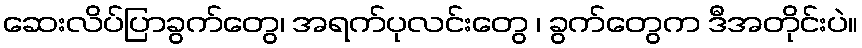
ဆေးလိပ်ပြာခွက်တွေ၊ အရက်ပုလင်းတွေ ၊ ခွက်တွေက ဒီအတိုင်းပဲ။